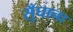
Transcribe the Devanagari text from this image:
सुँघाना